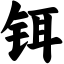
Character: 铒